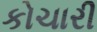
કોચારી